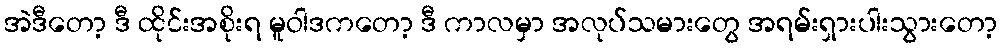
အဲဒီတော့ ဒီ ထိုင်းအစိုးရ မူဝါဒကတော့ ဒီ ကာလမှာ အလုပ်သမားတွေ အရမ်းရှားပါးသွားတော့